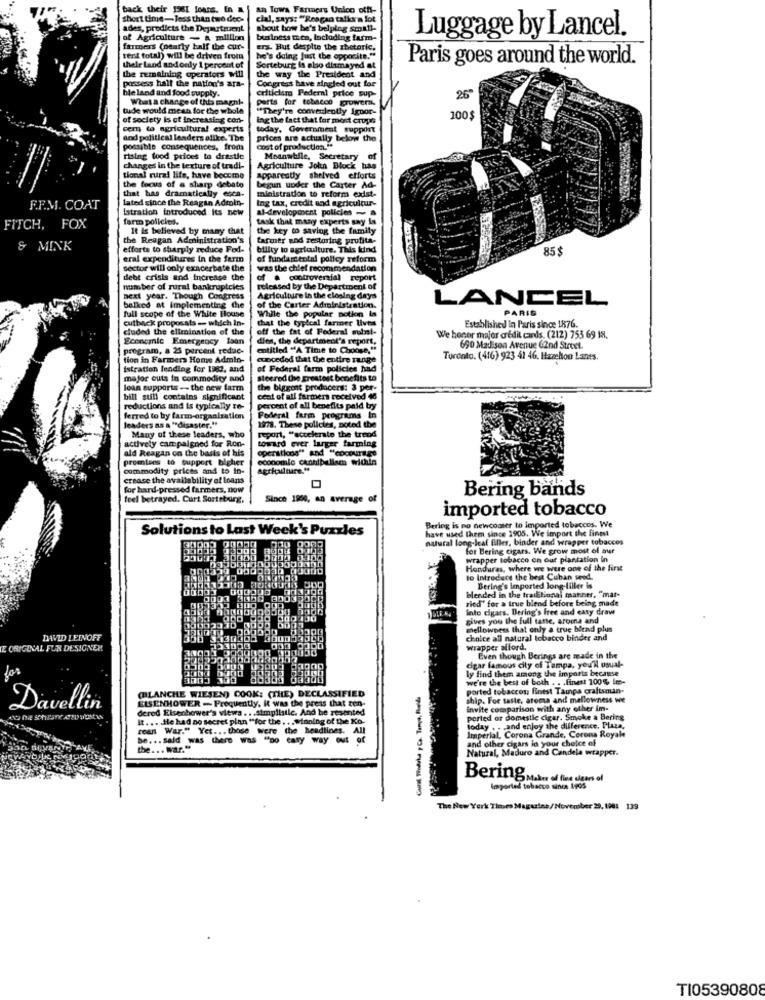
back their 1361 loans. En
an Towa Farmers Unico off-
short time-less than two dec-
cial, says: "Reagan talks a lot
ades, predicts the Department
about how he's belping small-
of Agriculture - A million
business men, Including farm-
Luggage by Lancel.
farmers (nearly half the cur-
ers. But despite the zbetoric.
sent total) will be driven from
he's doing just the opposite."
Paris goes around the world.
their Land and only 1 percent of
Sorteburg is also dismayed at
possess half the nation's ara-
the remaining operators will
the way the President and
Congress have singled out for
ble land and food supply.
criticism Pedernl price cup-
What a change of this magni-
parts for tobacco grower,
26
tude would mean for the whole
"They're conveniently Ignor-
of society is of increasing con-
ing the fact that for most crups
100$
cem to agricultural experts
today, Government support
and political leaders alike. The
prices are actually below the
possible consequences, from
cost of production."
rising food prices to drastic
Meanwhile, Secretary of
changes in the texture of tradi-
Agriculture John Block has
tional rural life, have become
Apparently shelved efforts
the focus of a sharp debate
that has dramatically esca-
begun under the Carter Ad-
lated since the Reagan Admin-
ministration to reform exist-
ing tax, credit and agricultur-
F.F.M. CO.AT
Istration introduced its new
al-development policies - a
farm policies.
task that many experts say Is
FITCH, FOX
It is believed by many that
the key to saving the family
the Reagan Administration's
farmer and restoring profita-
& MINK
efforts to sharply reduce Fod-
bility to agriculture. This kind
85 €
eral expenditures in the farm
of fundamental policy reform
sector will only exacerbate the
was the chief recommendation
debt crisis and increase the
of . controversial report
number of rural bankruptcies
released by the Department of
next year. Though Congress
Agriculture In the closing days
LANCEL
balked at implementing the
full scope of the White House
of the Carter Administration.
PARIS
cutback proposats - which in-
While the popular notion Is
that the typical farmer lives
cluded the elimination of the
off the fat of Federal subst-
Established in Paris since 1876.
Economic Emergency loan
dies, the department's report,
We honor major credit cards. (212) 753 69 18.
program, a 25 percent reduc-
entitled "A Time to Choose,"
690 Madison Avenue 62nd Street
tion in Farmers Home Admin-
conceded that the entire range
Toronto. (416) 923 41 46. Hazelon Lanes
istration lending for 1983, and
of Federal farm policies had
mejor outs in commodity and
steered the greatest benefits to
loan supports -- the new farm
the biggont producers: 3 per-
bill sull contains significant
cent of all farmers received 46
reductions and is typically to-
percent of all benefits paid by
ferred to by farm-organization
Federal farm programs In
leaders ns a "disaster."
1978. These policies, noted the
actively campaigned for Ron-
Many of these leaders, who
toward ever larger farming
report, "accelerato the trend
ald Reagan on the basis of his
operations" and "cocourage
promtens to support bigher
economie cannibalism within
commodity prices and to in-
aerialture."
crease the availability of loans
for hard-pressed farmers, now
Bering bands
feel betrayed. Curt Sorteborg,
Since 1900, an Average of
imported tobacco
Solutions to Last Week's Puzzles
Bering is no newcomer to imported tobaccos. We
natural long-leaf Blles, binder and wrapper tobaccos
have used them since 1905. We import the finest
for Bering cigars. We grow most of our
wrapper tobacco on our plantation in
Honduras, where we were one of the first
to Introduce the best Cuban seod.
Bering's Imported long-tiller is
0033 3000 80009
blended in the traditional manner. "mar-
ried' for a true blend before being made
Into cigars. Bering's free and easy draw
30002310
gives you the full tatte, aroma and
3011
mellowness that only a true bicad plus
DAVID LEDOFF
300 3330300
choice all natural tobacco binder and
IE ORIGINAL FUR DESIGNER
34001
723034
wrapper alford.
Even though Berings are made in the
cigar famous city of Tampa, you'll usual-
Los
we're the best of both . . . finest 100% Im-
(BLANCHE WIESEN) COOK: (THE) DECLASSIFIED
ported tobaccos; finest Tampa craftsoun-
EISENHOWER - Frequently, it was the press that ren-
ship. For taste, aroma and mellowness we
Davellin
dered Eisenhower's views ... simplistic. And he resented
invite comparison with any other im-
it ... . He had no secret plan "for the . .. winning of the Ko-
ported or domestic cigar. Smoke a Bering
rean War." Yet ... those were the headlines. All
today . . . and enjoy the difference, Plaza,
Imperial, Corona Grande, Corona Royale
be ... sald was there was "no easy way out o
and other cigars in your choice of
the ... War."
Natural, Maduro and Candela wrapper.
Bering Maker of fine clears of
imported tobacco since 1995
The New York Times Magazine/November 29, 1981 139
TI0539080